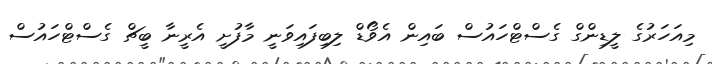
މިއަހަރުގެ ލީޑިންގް ގެސްޓްހައުސް ބައިން އެވޯޑް ލިބިފައިވަނީ މާފުށީ އެރީނާ ބީޗް ގެސްޓްހައުސް